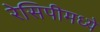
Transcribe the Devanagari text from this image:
रेसिपीमध्ये